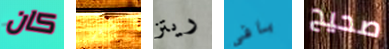
كان المصرفي ريتز بافى صحيح